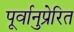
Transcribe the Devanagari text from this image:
पूर्वानुप्रेरित